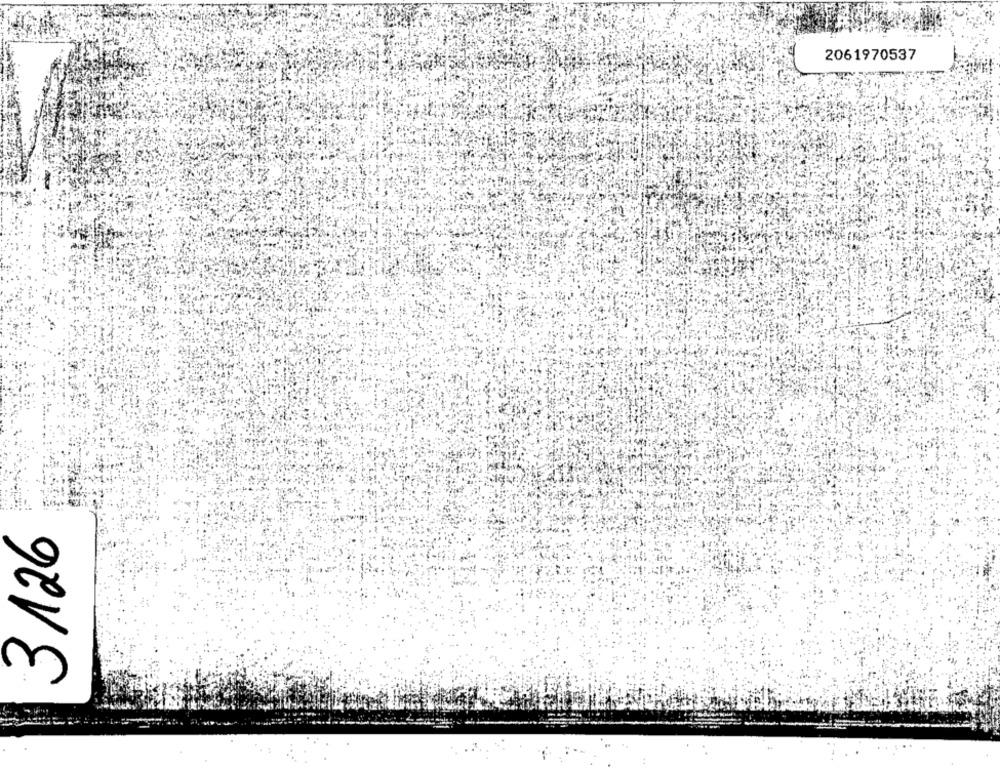
2061970537
3126